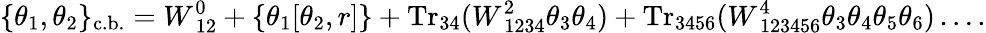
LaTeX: \{ \theta_{1},\theta_{2}\} _{\mathrm{c.b.}}=W_{~12}^{0}+\left\{ \theta_{1}[\theta_{2},r]\right\} +\mathrm{Tr}_{34}(W_{~1234}^{2}\theta_{3}\theta_{4})+\mathrm{Tr}_{3456}(W_{~123456}^{4}\theta_{3}\theta_{4}\theta_{5}\theta_{6})\ldots.